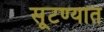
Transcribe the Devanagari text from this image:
सूटण्यात